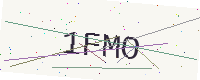
Text: 1FMO